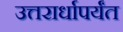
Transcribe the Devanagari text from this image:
उत्तरार्धापर्यंत